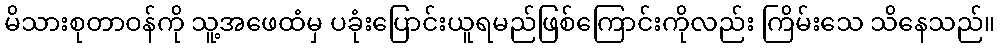
မိသားစုတာဝန်ကို သူ့အဖေထံမှ ပခုံးပြောင်းယူရမည်ဖြစ်ကြောင်းကိုလည်း ကြိမ်းသေ သိနေသည်။